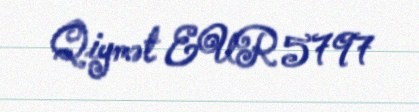
Qiymət EUR 5797